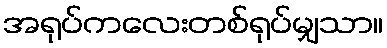
အရုပ်ကလေးတစ်ရုပ်မျှသာ။